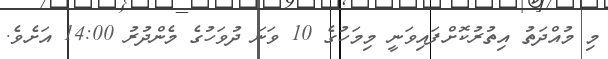
މި މުއްދަތު އިތުރުކޮށްފައިވަނީ މިމަހުގެ 10 ވަނަ ދުވަހުގެ މެންދުރު 14:00 އަށެވެ.